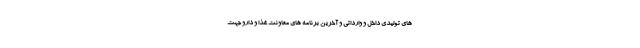
های تولیدی داخل و وارداتی و آخرین برنامه های معاونت غذا و دارو جهت